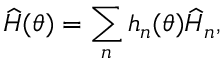
\widehat H ( \boldsymbol { \theta } ) = \sum _ { n } h _ { n } ( \boldsymbol { \theta } ) \widehat H _ { n } ,